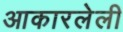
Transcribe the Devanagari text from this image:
आकारलेली